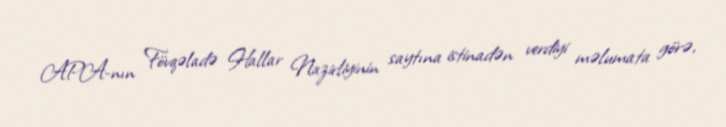
APA-nın Fövqəladə Hallar Nazirliyinin saytına istinadən verdiyi məlumata görə,